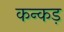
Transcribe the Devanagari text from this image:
कन्कड़